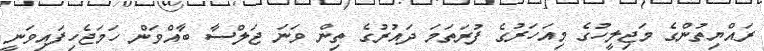
ރައްޔިތުންގެ މަޖިލީހުގެ މިއަހަރުގެ ފުރަތަމަ ދައުރުގެ ތިން ވަނަ ޖަލްސާ ބާއްވަން ހަމަޖެހިފައިވަނީ